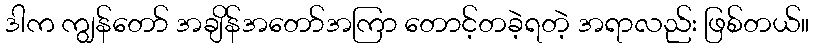
ဒါက ကျွန်တော် အချိန်အတော်အကြာ တောင့်တခဲ့ရတဲ့ အရာလည်း ဖြစ်တယ်။